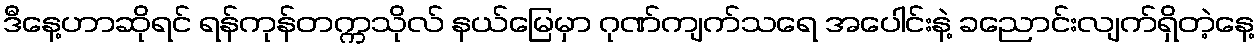
ဒီနေ့ဟာဆိုရင် ရန်ကုန်တက္ကသိုလ် နယ်မြေမှာ ဂုဏ်ကျက်သရေ အပေါင်းနဲ့ ခညောင်းလျက်ရှိတဲ့နေ့